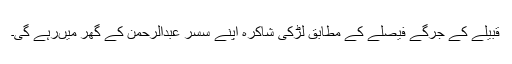
قبیلے کے جرگے فیصلے کے مطابق لڑکی شاکرہ اپنے سسر عبدالرحمن کے گھر میںرہے گی۔